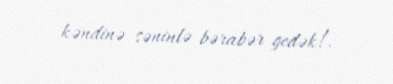
kəndinə səninlə bərabər gedək!.